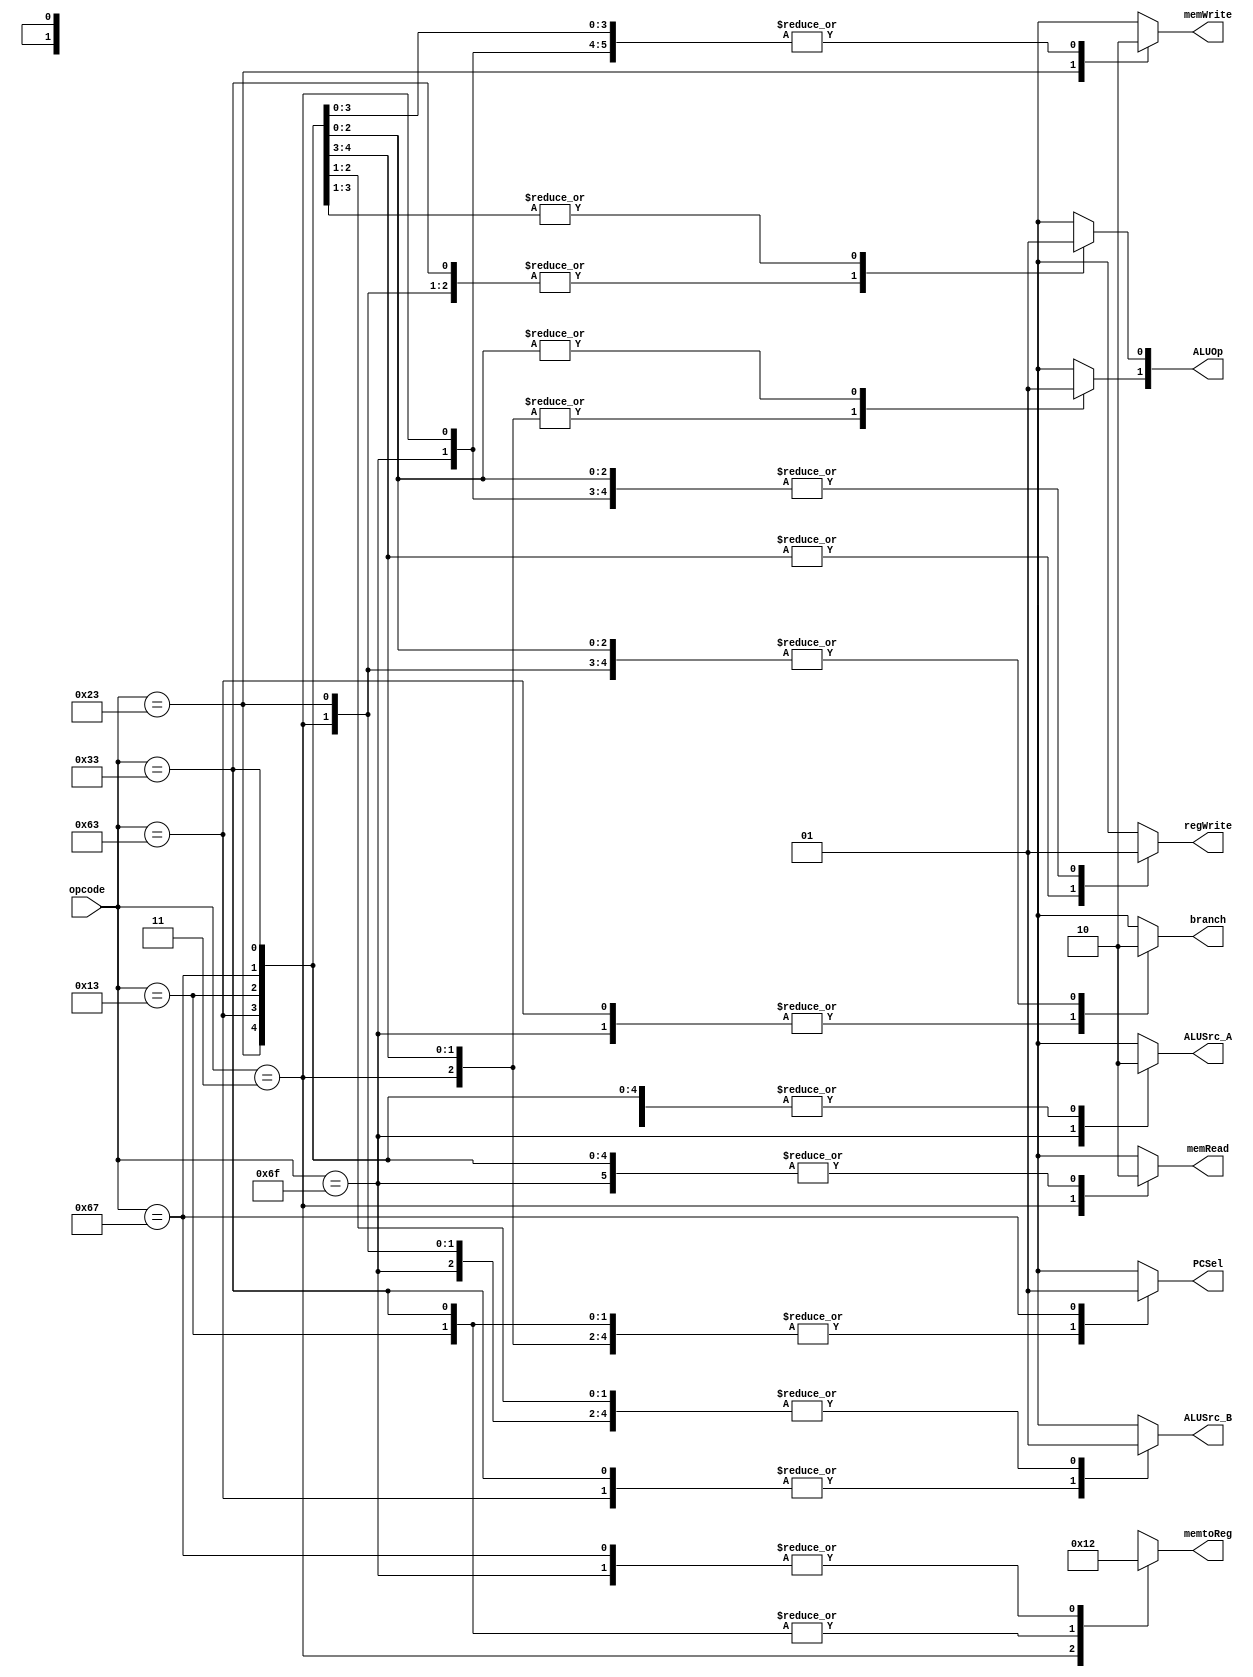
module Control (
    input [6:0] opcode,
    output reg branch,
    output reg memRead,
    output reg [1:0] memtoReg,
    output reg [1:0] ALUOp,
    output reg memWrite,
    output reg ALUSrc_A,
    output reg ALUSrc_B,
    output reg regWrite,
    output reg PCSel
);

    // TODO: implement your Control here
    // Hint: follow the Architecture (figure in spec) to set output signal
    always @(*) begin
        case(opcode)
            // R-type
            7'b0110011: begin
                ALUSrc_A   = 0;
                ALUSrc_B   = 0;
                memtoReg = 2'b00;
                regWrite = 1;
                memRead  = 0;
                memWrite = 0;
                branch   = 0;
                ALUOp[1] = 1;
                ALUOp[0] = 0;
                PCSel = 0;
            end
            // ld
            7'b0000011: begin
                ALUSrc_A   = 0;
                ALUSrc_B   = 1;
                memtoReg = 2'b01;
                regWrite = 1;
                memRead  = 1;
                memWrite = 0;
                branch   = 0;
                ALUOp[1] = 0;
                ALUOp[0] = 0;
                PCSel = 0;
            end
            // sd
            7'b0100011: begin
                ALUSrc_A   = 0;
                ALUSrc_B   = 1;
                memtoReg = 2'bxx;
                regWrite = 0;
                memRead  = 0;
                memWrite = 1;
                branch   = 0;
                ALUOp[1] = 0;
                ALUOp[0] = 0;
                PCSel = 0;
            end
            // beq
            7'b1100011: begin
                ALUSrc_A   = 0;
                ALUSrc_B   = 0;
                memtoReg = 2'bxx;
                regWrite = 0;
                memRead  = 0;
                memWrite = 0;
                branch   = 1;
                ALUOp[1] = 0;
                ALUOp[0] = 1;
                PCSel = 0;
            end
            // I-type
            7'b0010011: begin
                ALUSrc_A   = 0;
                ALUSrc_B   = 1;
                memtoReg = 2'b00;
                regWrite = 1;
                memRead  = 0;
                memWrite = 0;
                branch   = 0;
                ALUOp[1] = 1;
                ALUOp[0] = 1;
                PCSel = 0;
            end
            // jal
            7'b1101111: begin
                ALUSrc_A   = 1;
                ALUSrc_B   = 1;
                memtoReg = 2'b10;
                regWrite = 1;
                memRead  = 0;
                memWrite = 0;
                branch   = 1;
                ALUOp[1] = 1'bx;
                ALUOp[0] = 1'bx;
                PCSel = 0;
            end
            // jalr
            7'b1100111: begin
                ALUSrc_A   = 0;
                ALUSrc_B   = 1;
                memtoReg = 2'b10;
                regWrite = 1;
                memRead  = 0;
                memWrite = 0;
                branch   = 0;
                ALUOp[1] = 1;
                ALUOp[0] = 1;
                PCSel = 1;
            end
            default: begin
                ALUSrc_A   = 1'bx;
                ALUSrc_B   = 1'bx;
                memtoReg = 2'bxx;
                regWrite = 1'bx;
                memRead  = 1'bx;
                memWrite = 1'bx;
                branch   = 1'bx;
                ALUOp[1] = 1'bx;
                ALUOp[0] = 1'bx;
                PCSel = 1'bx;
            end
        endcase
    end

endmodule